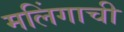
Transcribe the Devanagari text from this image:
मलिंगाची